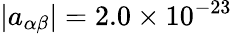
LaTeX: |a_{\alpha\beta}|=2.0\times 10^{-23}